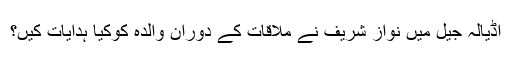
اڈیالہ جیل میں نواز شریف نے ملاقات کے دوران والدہ کوکیا ہدایات کیں؟